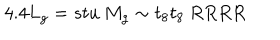
4 . 4 L _ { g } = s t u \: M _ { g } \sim t _ { 8 } t _ { 8 } \: R R R R